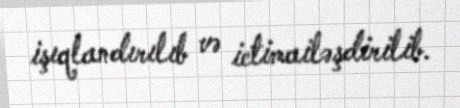
işıqlandırılıb və ictimailəşdirilib.